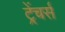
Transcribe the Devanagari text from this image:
ट्रेंचर्स